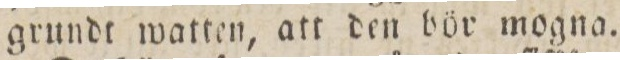
grundt watten, att den bör mogna.